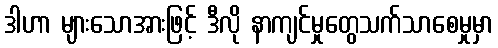
ဒါဟာ များသောအားဖြင့် ဒီလို နာကျင်မှုတွေသက်သာစေမှုမှာ